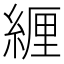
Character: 緾